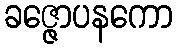
ခဇ္ဇောပနကော